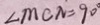
\angle M C N = 9 0 ^ { \circ }